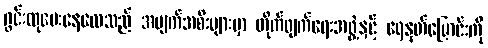
ဂွင်းထုပေးနေလေသည် အပျက်အစီးများမှာ တိုက်ဖျက်ရေးအဖွဲ့နှင့် ရေနုတ်မြောင်းကို